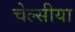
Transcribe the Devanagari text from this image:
चेल्सीया